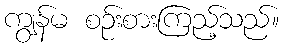
ကျွန်မ စဉ်းစားကြည့်သည်။